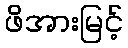
ဖိအားမြင့်